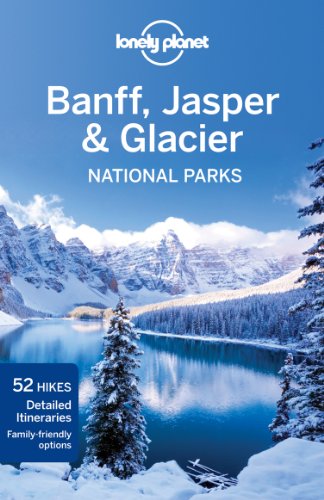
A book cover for Lonely Planet Banff, Jasper and Glacier National Parks (Travel Guide); Lonely Planet; Travel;